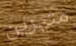
مثيرين